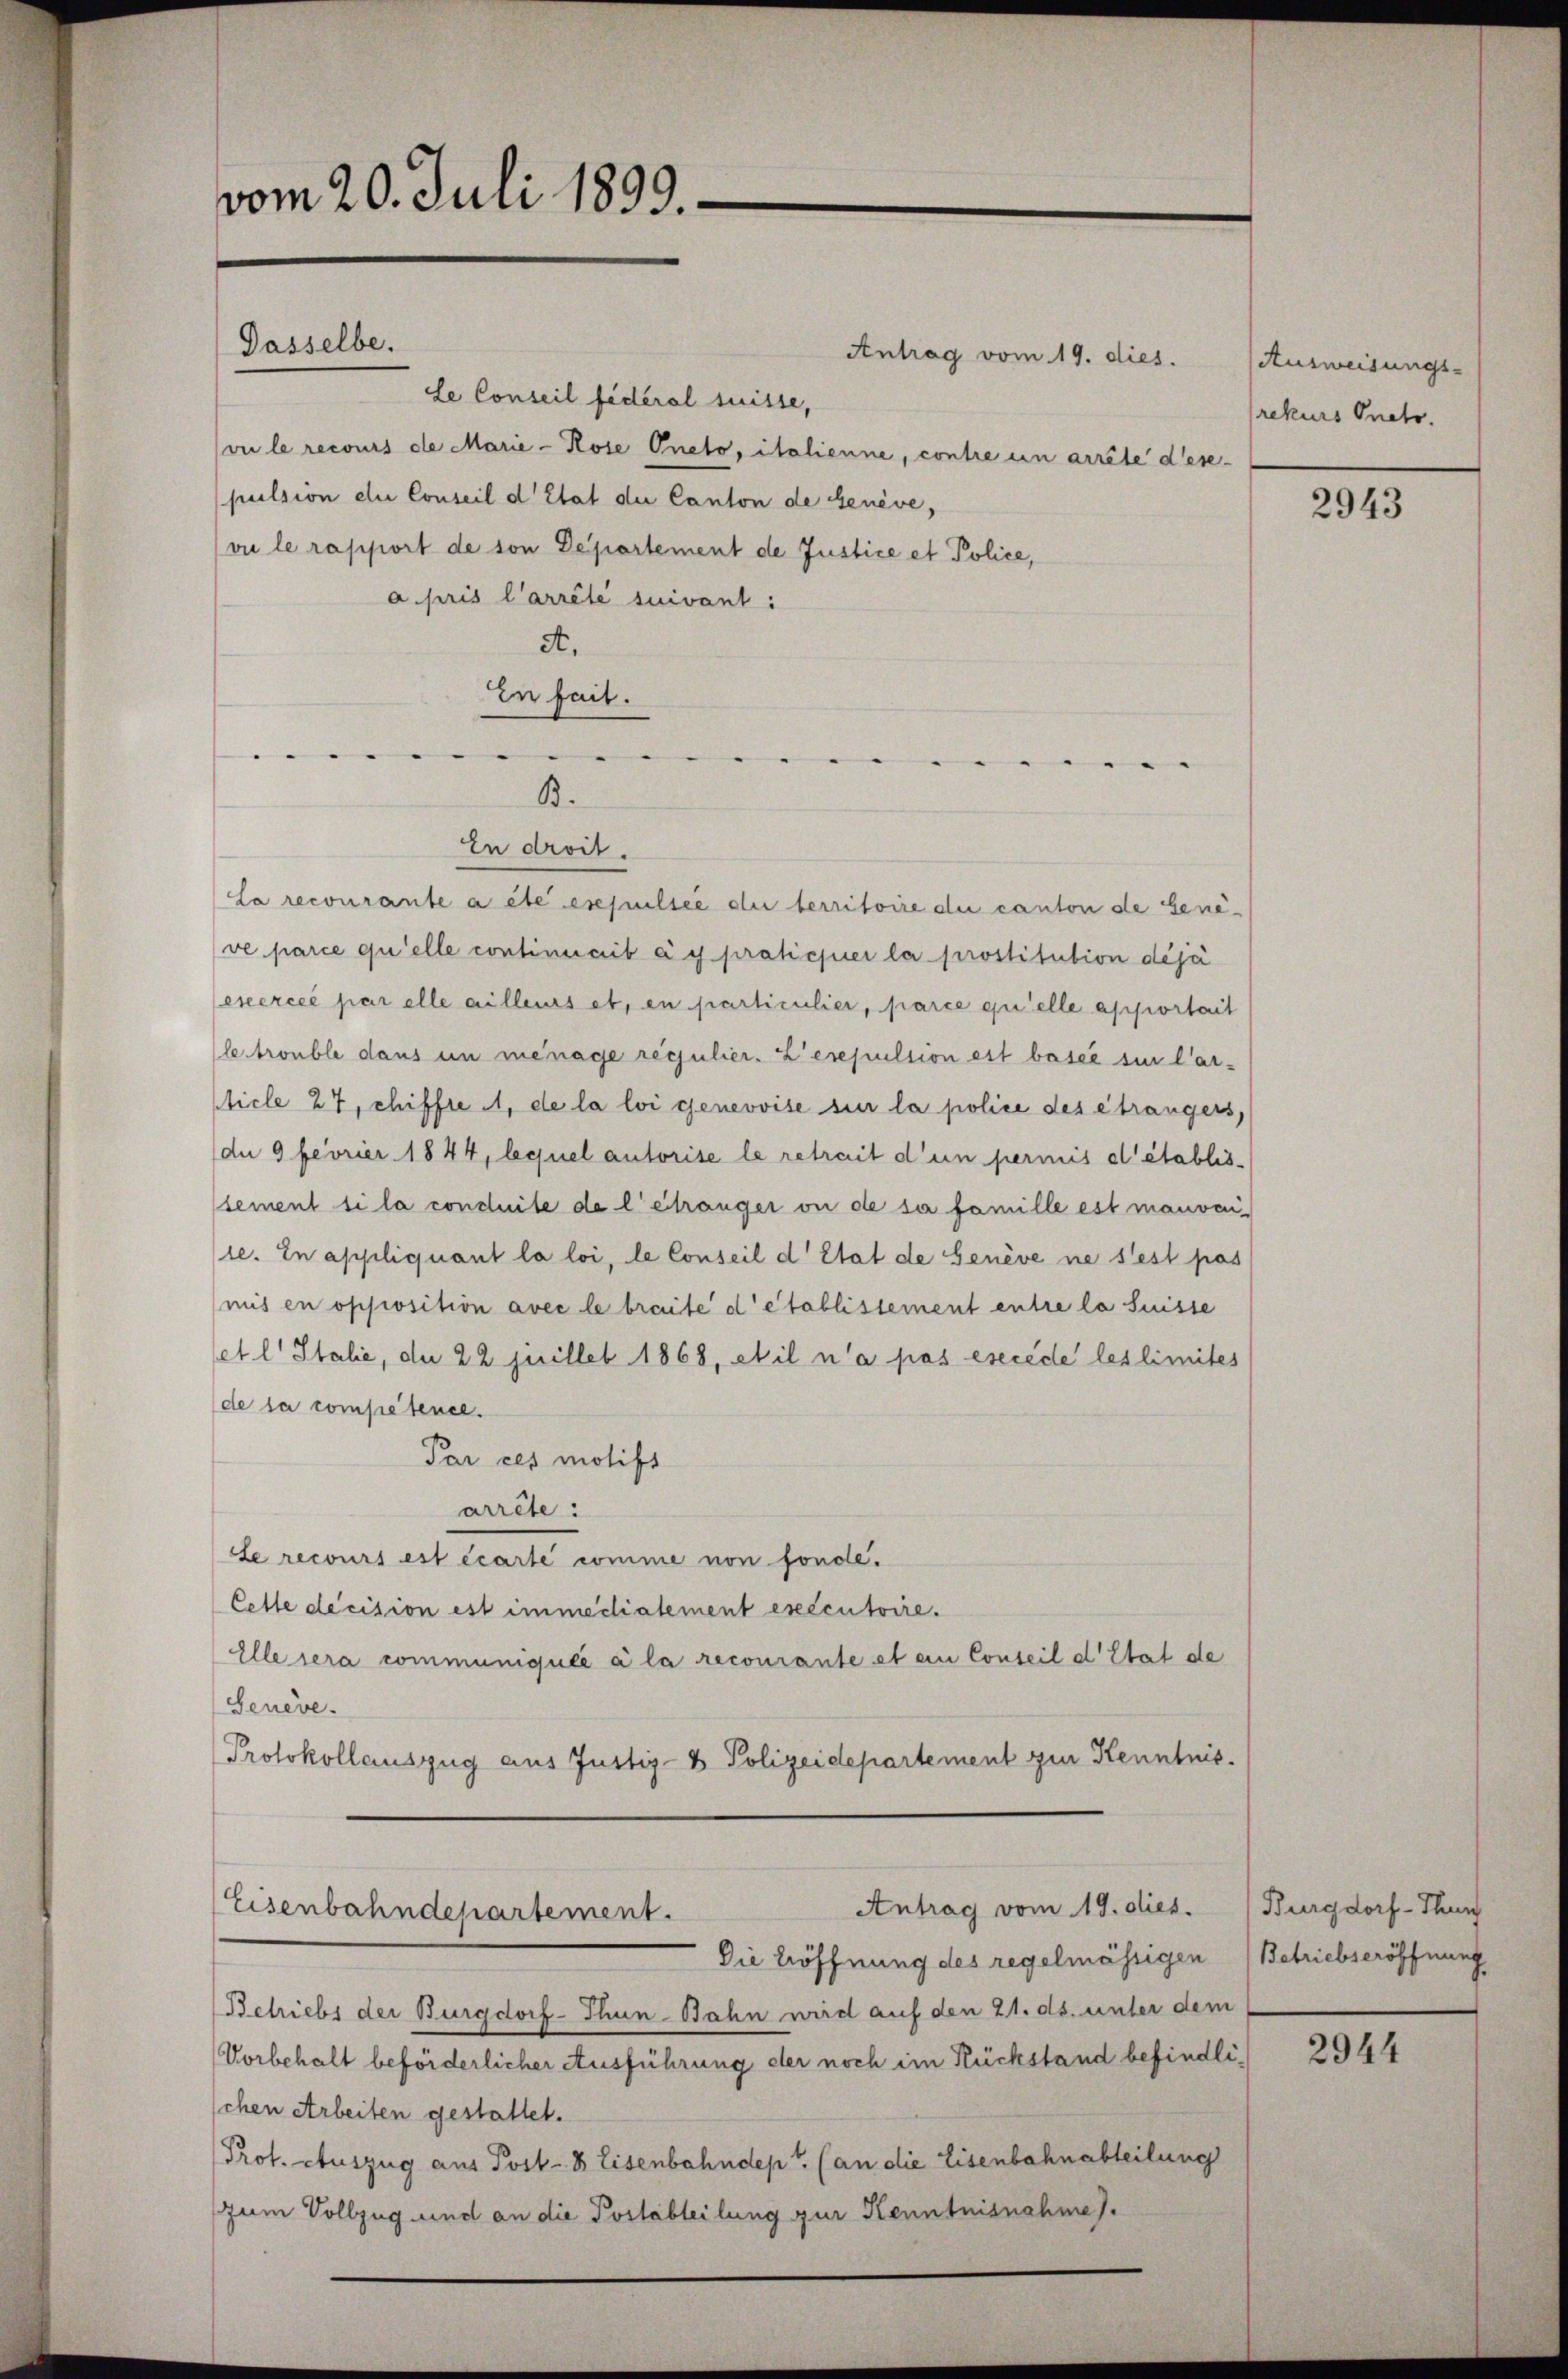
vom 20. Juli 1899.

Dasselbe.

B.

le Conseil fédéral suisse,
vu le recours de Marie-Rose Oneto, italienne, contre un arrête des-
pulsion die Conseil d’Etat der Canton de Genève,
vi le rapport de son Departement de Justice et Police,
a pris l’arrêté suivant:
A.
in fait.
"
.

Antrag vom 19. dies.

In droit.
La recourante a été expulsić die territoire die canton de Gene-
ve parce qu’elle continuaib à y praticier la prostitution déjà
exercée par elle ailleurs et, en particulier, parce quelle apportait
le trouble dans un ménage regulier. Lesepulsion est basel si l’ar-
ticle 27, chiffre , de la loi genevoise sur la police des étrangers,
de 9 fevrier. 1844, lequel autorise le retrait d’un permis d’établissement si la conduite de l’étranger ou de sa famille est mauvai
se. In appliquant la loi, le Conseil d’Etat de Genève ne sest pas
mis en opposition avec le breite d’établissement entre la Suisse
set. l. Stalie, die 22 Juillet 1868, et il n’a pas esecede les limites
de sa competence.
Par ces motift
arrête:
Le recours est écarte comme non fonde.
Cette decision est immediatement exécutoire.
Elle sera communiquée à la recourante et ein Conseil d’Etat de
Genève.
Protokollauszug aus Justiz- & Polizeidepartement zur Kenntnis¬
Antrag vom 19. dies.
Eisenbahndepartement.
Die Eröffnung des regelmässigen
Betriebs der Burgdorf-Thun-Bahn wird auf den 21. ds. unter dem
Vorbehalt beförderlicher Ausführung der noch im Rückstand befindlichen Arbeiten gestattet.
Prot. Auszug aus Post- & Eisenbahndept (an die Eisenbahnabteilung
zum Vollzug und an die Postabteilung zur Kenntnisnahme).

Ausweisungs-
rekurs Oneto.

2943

Burgdorf - Thun
Betriebseröffnung

2944